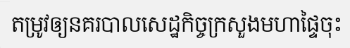
តម្រូវឲ្យនគរបាលសេដ្ឋកិច្ចក្រសួងមហាផ្ទៃចុះ